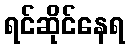
ရင်ဆိုင်နေရ